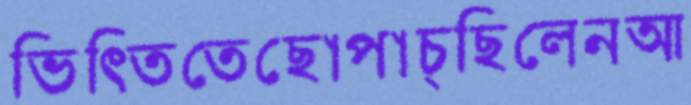
ভিত্তিতেছোপাচ্ছিলেনআ